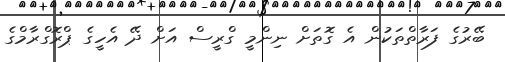
ބޭރުގެ ފަރާތްތަކުން އެ ގޮތަށް ނިންމީ ގްރީސް އަށް ދޭ އެހީގެ ޕްރޮގްރާމްގެ